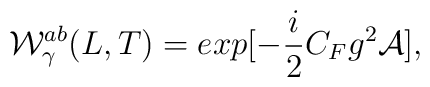
{\cal W}_\gamma^{ab} (L,T)=exp [-{i \over 2}C_F g^2{\cal A}],